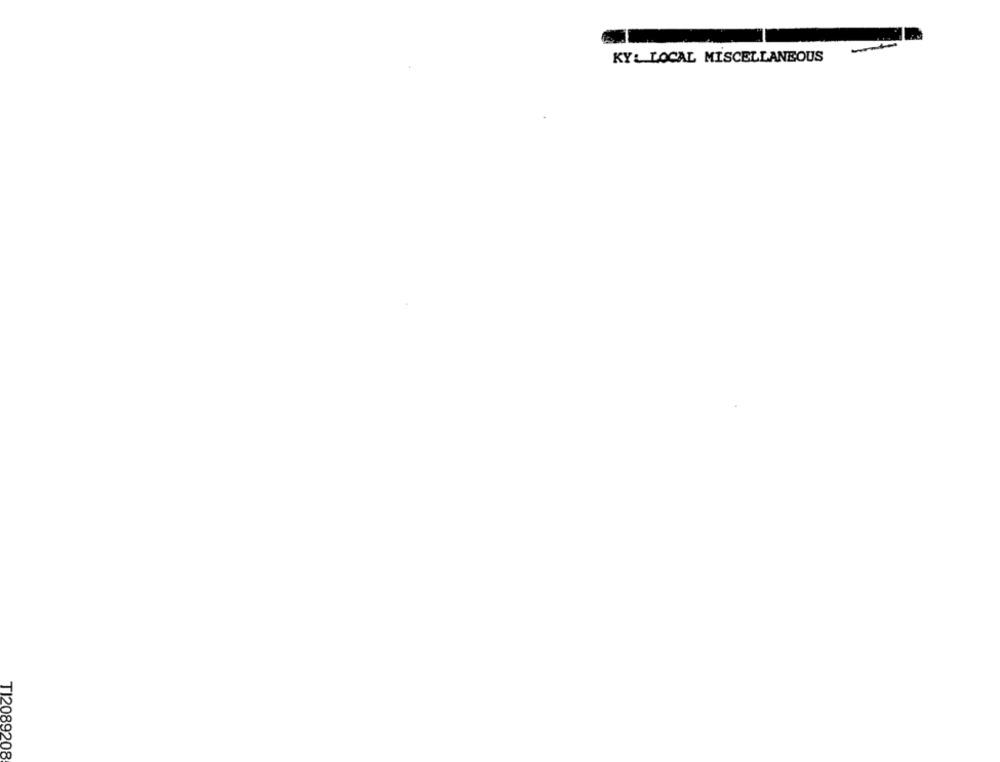
KY: LOCAL MISCELLANEOUS
TI2089208